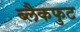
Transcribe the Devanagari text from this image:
ब्लैकफुट